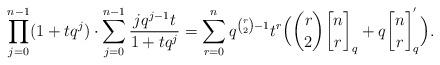
LaTeX: \begin{align*}\prod_{j=0}^{n-1} (1+tq^j) \cdot \sum_{j=0}^{n-1} \frac{jq^{j-1}t}{1+tq^j} = \sum_{r=0}^{n} q^{\binom{r}{2}-1} t^r \Big( \binom{r}{2} {n \brack r}_q +q {n \brack r}^{'}_{q} \Big).\end{align*}